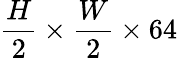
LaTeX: \frac{H}{2}\times\frac{W}{2}\times 64